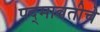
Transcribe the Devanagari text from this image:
पद्‍मावतीचे